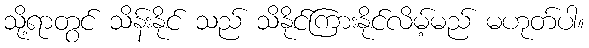
သို့ရာတွင် သိန်းနိုင် သည် သိနိုင်ကြားနိုင်လိမ့်မည် မဟုတ်ပါ။